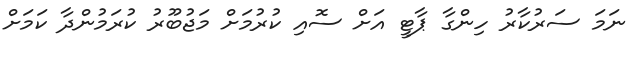
ނަމަ ސަރުކާރު ހިންގާ ޕާޓީ އަށް ސޮއި ކުރުމަށް މަޖުބޫރު ކުރަމުންދާ ކަމަށް